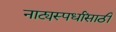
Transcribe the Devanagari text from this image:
नाट्यस्पर्धांसाठी